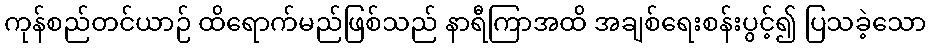
ကုန်စည်တင်ယာဉ် ထိရောက်မည်ဖြစ်သည် နာရီကြာအထိ အချစ်ရေးစန်းပွင့်၍ ပြသခဲ့သော